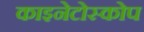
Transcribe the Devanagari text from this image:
काइनेटोस्कोप